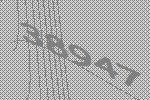
38947